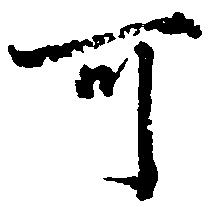
可